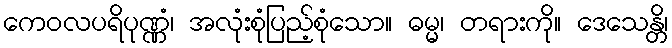
ကေဝလပရိပုဏ္ဏံ၊ အလုံးစုံပြည့်စုံသော။ ဓမ္မ၊ တရားကို။ ဒေသေန္တိ၊